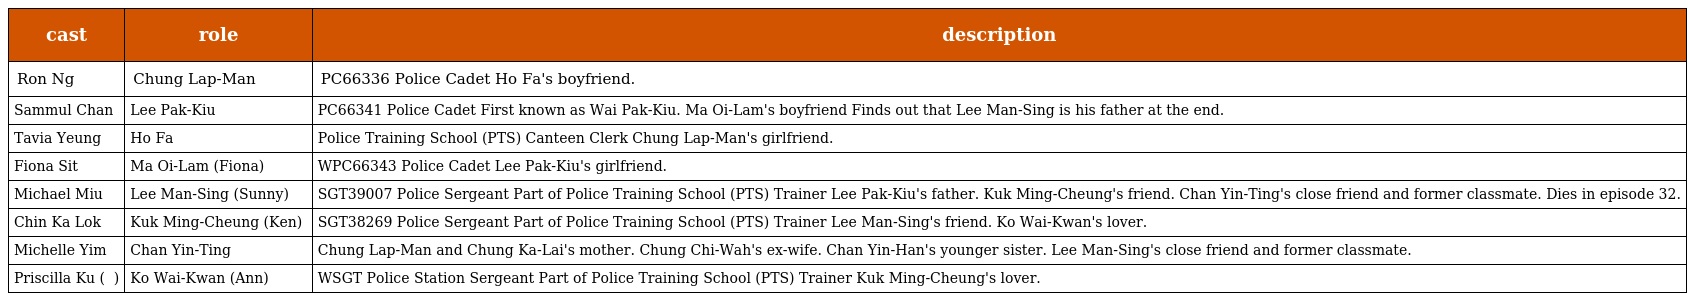
| cast | role | description |
 | --- | --- | --- |
 | Ron Ng | Chung Lap-Man 鍾立文 | PC66336 Police Cadet Ho Fa's boyfriend. |
 | Sammul Chan | Lee Pak-Kiu 李柏翹 | PC66341 Police Cadet First known as Wai Pak-Kiu. Ma Oi-Lam's boyfriend Finds out that Lee Man-Sing is his father at the end. |
 | Tavia Yeung | Ho Fa 何花 | Police Training School (PTS) Canteen Clerk Chung Lap-Man's girlfriend. |
 | Fiona Sit | Ma Oi-Lam (Fiona) 馬靄琳 | WPC66343 Police Cadet Lee Pak-Kiu's girlfriend. |
 | Michael Miu | Lee Man-Sing (Sunny) 李文昇 | SGT39007 Police Sergeant Part of Police Training School (PTS) Trainer Lee Pak-Kiu's father. Kuk Ming-Cheung's friend. Chan Yin-Ting's close friend and former classmate. Dies in episode 32. |
 | Chin Ka Lok | Kuk Ming-Cheung (Ken) 曲明昌 | SGT38269 Police Sergeant Part of Police Training School (PTS) Trainer Lee Man-Sing's friend. Ko Wai-Kwan's lover. |
 | Michelle Yim | Chan Yin-Ting 陳燕婷 | Chung Lap-Man and Chung Ka-Lai's mother. Chung Chi-Wah's ex-wife. Chan Yin-Han's younger sister. Lee Man-Sing's close friend and former classmate. |
 | Priscilla Ku ( 顧紀筠 ) | Ko Wai-Kwan (Ann) 高慧君 | WSGT Police Station Sergeant Part of Police Training School (PTS) Trainer Kuk Ming-Cheung's lover. |